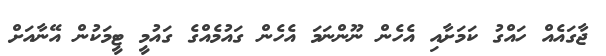
ޖާގައެއް ހައްގު ކަމަށާއި އެހެން ނޫންނަމަ އެހެން ގައުމެއްގެ ގައުމީ ޓީމަކުން އޭނާއަށް